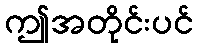
ဤအတိုင်းပင်